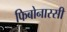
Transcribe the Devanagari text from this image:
फिबोनास्सी